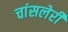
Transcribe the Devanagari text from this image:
चांसलेरी